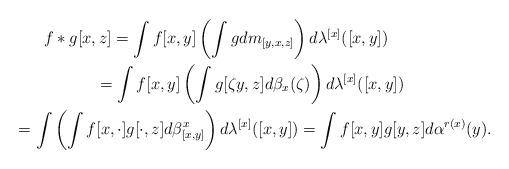
LaTeX: \begin{gather*}f*g[x,z]= \int f[x,y]\left(\int g dm_{[y,x,z]}\right)d\lambda^{[x]}([x,y])\\\phantom{f*g[x,z]}= \int f[x,y]\left(\int g[\zeta y,z] d\beta_x(\zeta)\right)d\lambda^{[x]}([x,y])\\\phantom{f*g[x,z]}= \int\left(\int f[x,\cdot] g[\cdot,z] d\beta^x_{[x,y]}\right)d\lambda^{[x]}([x,y])= \int f[x,y]g[y,z] d\alpha^{r(x)}(y).\end{gather*}